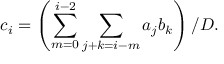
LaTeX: c _ { i } = \left( \sum _ { m = 0 } ^ { i - 2 } \sum _ { j + k = i - m } a _ { j } b _ { k } \right) / D .